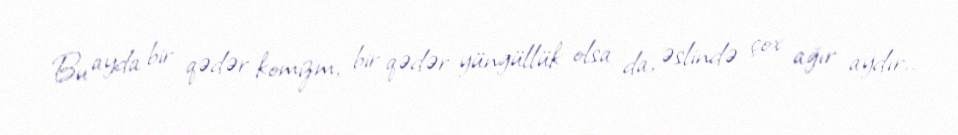
Bu ayda bir qədər komizm, bir qədər yüngüllük olsa da, əslində çox ağır aydır..